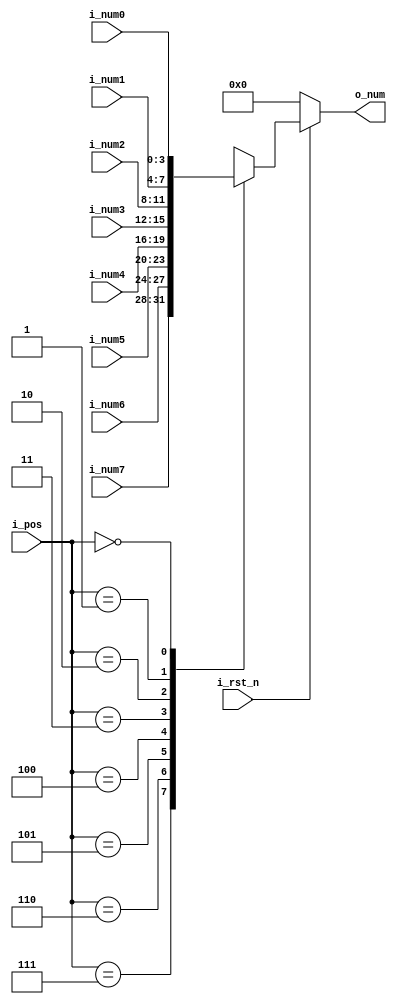
`timescale 1ns / 1ps
//////////////////////////////////////////////////////////////////////////////////
// Company: 
// Engineer: 
// 
// Design Name: 
// Module Name: num_mux
// Project Name: 
// Target Devices: 
// Tool Versions: 
// Description: 
// 
// Dependencies: 
// 
// Revision:
// Revision 0.01 - File Created
// Additional Comments:
// 
//////////////////////////////////////////////////////////////////////////////////


module num_mux(
    input i_rst_n,
    input [2:0] i_pos,
    input [3:0] i_num7,
    input [3:0] i_num6,
    input [3:0] i_num5,
    input [3:0] i_num4,
    input [3:0] i_num3,
    input [3:0] i_num2,
    input [3:0] i_num1,
    input [3:0] i_num0,   
    output reg[3:0] o_num
    );
    
    always@( i_rst_n,i_pos ) begin
        if( !i_rst_n ) begin
            o_num = 4'b0000;
        end else begin
            case( i_pos )
                3'b111: o_num = i_num7;
                3'b110: o_num = i_num6;
                3'b101: o_num = i_num5;
                3'b100: o_num = i_num4;
                3'b011: o_num = i_num3;
                3'b010: o_num = i_num2;
                3'b001: o_num = i_num1;
                3'b000: o_num = i_num0;
            endcase
        end
    end
endmodule